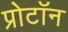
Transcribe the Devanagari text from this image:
प्रोटाॅन